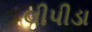
લીપીડા